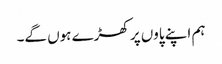
ہم اپنے پاوں پر کھڑے ہوں گے۔